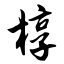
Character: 椁